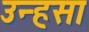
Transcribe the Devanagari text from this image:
उन्हसा